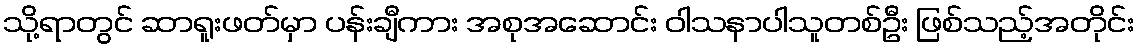
သို့ရာတွင် ဆာရူးဖတ်မှာ ပန်းချီကား အစုအဆောင်း ဝါသနာပါသူတစ်ဦး ဖြစ်သည့်အတိုင်း